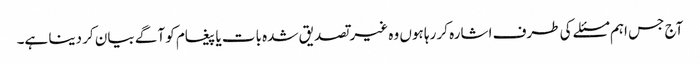
آج جس اہم مسئلے کی طرف اشارہ کر رہا ہوں وہ غیر تصدیق شدہ بات یا پیغام کو آگے بیان کر دینا ہے۔